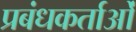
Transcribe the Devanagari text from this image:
प्रबंधकर्ताओं